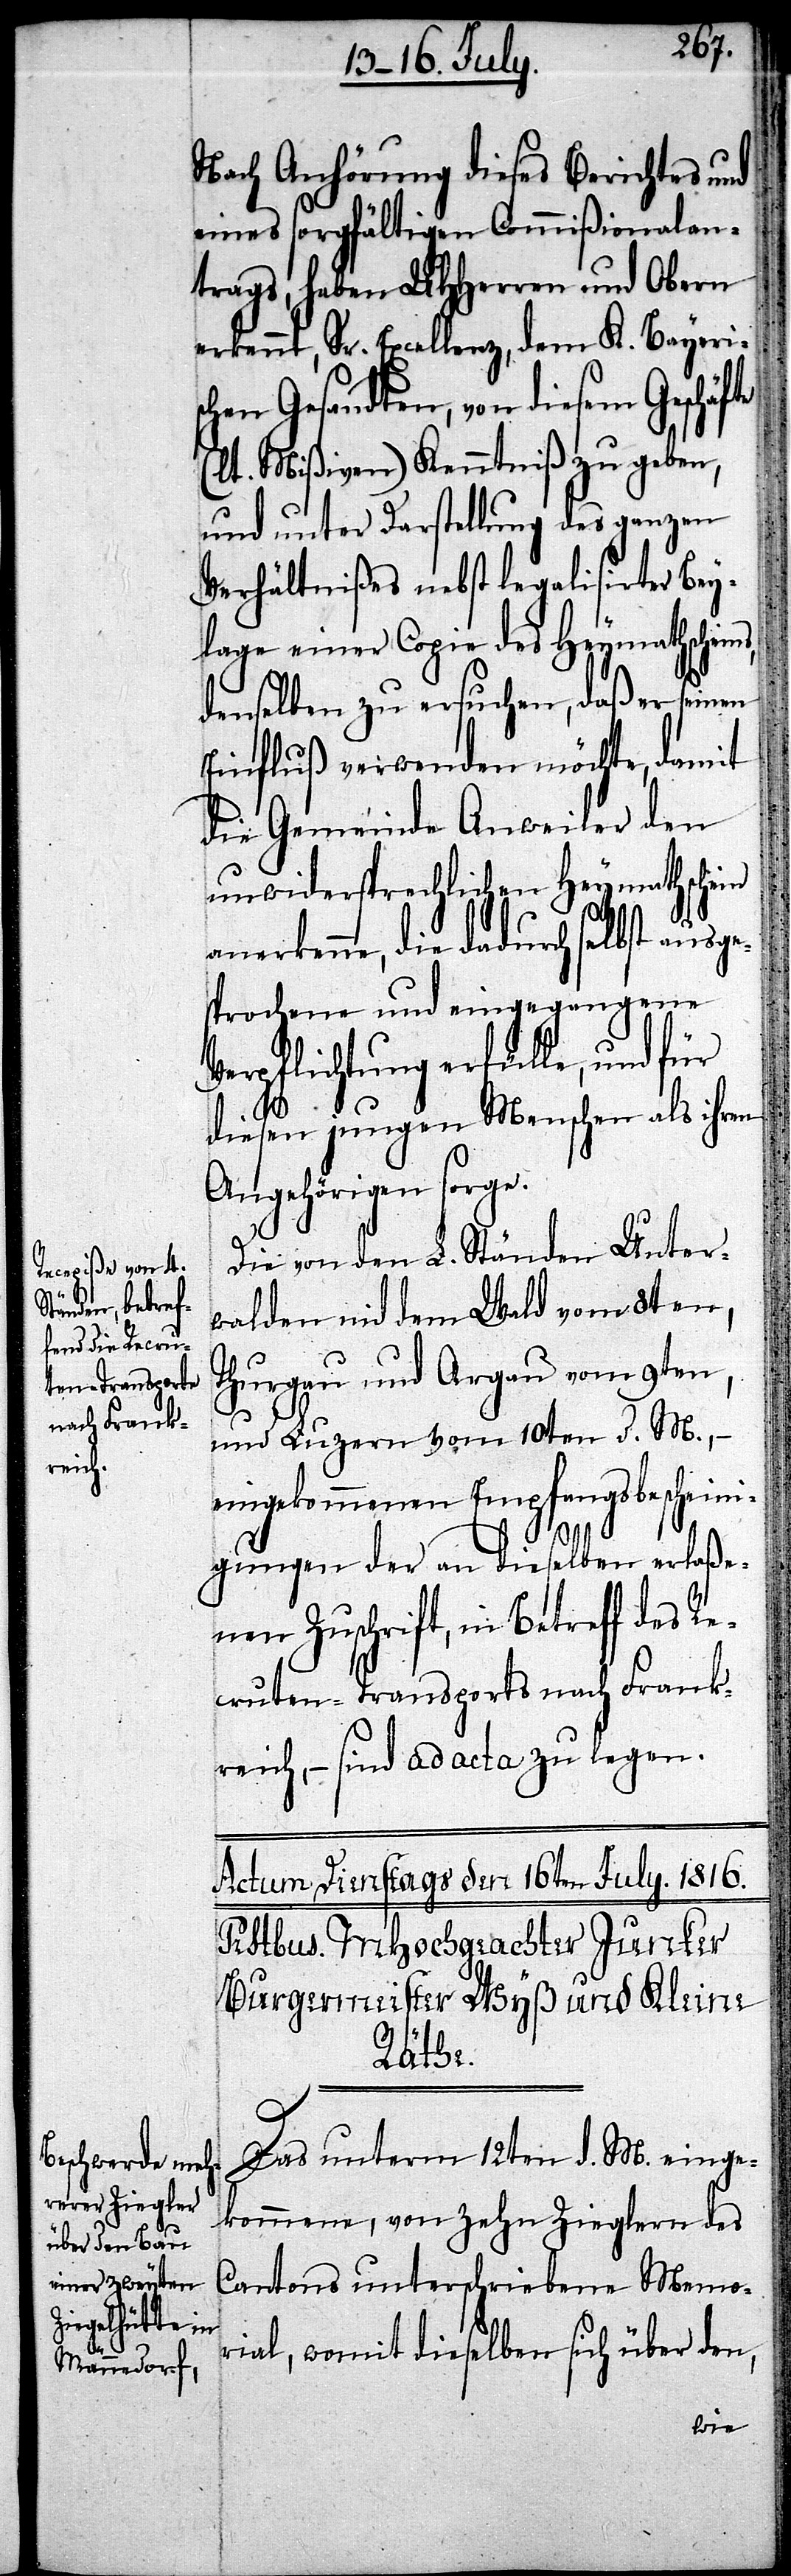
Nach Anhörung dieses Berichts und
eines sorgfältigen Commißionalan¬
trags, haben UHHerren und Obern
erkennt, Sr. Excellenz, dem K. Bayeris¬
chen Gesandten, von diesem Geschäfte
(lt. Mißiven) Kenntniß zu geben,
und unter Darstellung des ganzen
Verhältnißes nebst legalisirter Bey¬
lage einer Copie des Heymathschein¬
denselben zu ersuchen, daß er seinen
Einfluß verwenden möchte, damit
die Gemeinde Anweiler den
unwidersprechlichen Heymathschein
die dadurch selbst ausge¬
sprochene und eingegangene
Verpflichtung erfülle, und für
diesen jungen Menschen als ihren
Angehören sorge.
Die von den L. Ständen Unter¬
walden nid dem Wald vom 8ten,
Thurgau und Argau vom 9ten,
und Luzern vom 10ten d. M.,
eingekommenen Empfangsbescheini¬
s,
gungen der an dieselben erlaße¬
ne Zuschrift, in Betreff des Re¬
cruten-Transports nach Frank¬
reich, – sind ad acta zu legen.
Das unterm 12ten d. M. einge¬
kommene, von zehn Zieglern des
Cantons unterschriebene Memo¬
rial, womit dieselben sich über den,